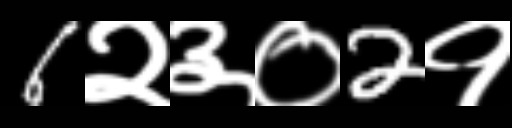
Text: 6२३०2१